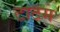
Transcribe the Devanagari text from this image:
टाटम